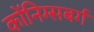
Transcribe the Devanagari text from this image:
कोंनिग्सबर्ग